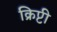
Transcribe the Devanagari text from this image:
क्रिप्टी